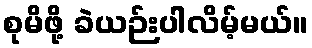
စုမိဖို့ ခဲယဉ်းပါလိမ့်မယ်။